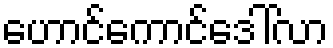
ဟောင်ကောင်ဒေါ်လာ